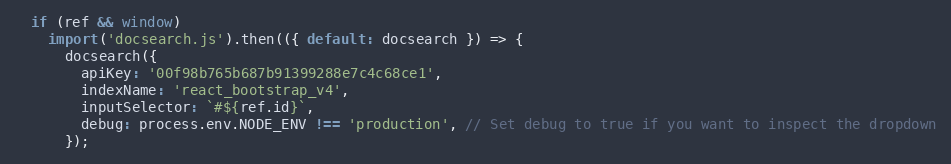
Language: JavaScript
  if (ref && window)
    import('docsearch.js').then(({ default: docsearch }) => {
      docsearch({
        apiKey: '00f98b765b687b91399288e7c4c68ce1',
        indexName: 'react_bootstrap_v4',
        inputSelector: `#${ref.id}`,
        debug: process.env.NODE_ENV !== 'production', // Set debug to true if you want to inspect the dropdown
      });